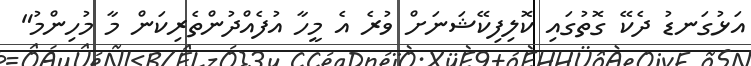
އަޅުގަނޑު ދެކޭ ގޮތުގައި ކޮލިފިކޭޝަނަށް ވުރެ އެ މީހާ އުފެއްދުންތެރިކަން މާ މުހިންމު"